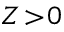
Z \! > \! 0